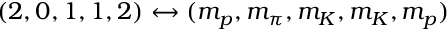
( 2 , 0 , 1 , 1 , 2 ) \leftrightarrow ( m _ { p } , m _ { \pi } , m _ { K } , m _ { K } , m _ { p } )